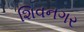
શિવનગર